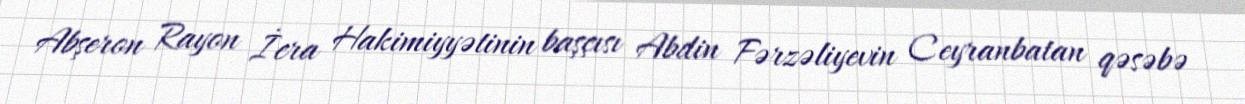
Abşeron Rayon İcra Hakimiyyətinin başçısı Abdin Fərzəliyevin Ceyranbatan qəsəbə